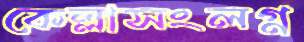
কেল্লাসংলগ্ন